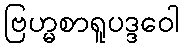
ဗြဟ္မစာရူပဒ္ဒဝေါ